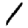
Digit: 1